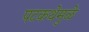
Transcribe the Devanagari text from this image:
पटकथेमुळे